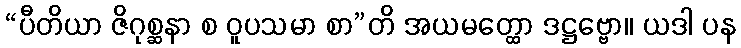
“ပီတိယာ ဇိဂုစ္ဆနာ စ ဝူပသမာ စာ”တိ အယမတ္ထော ဒဋ္ဌဗ္ဗော။ ယဒါ ပန